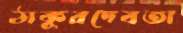
ঠাকুরদেবতা